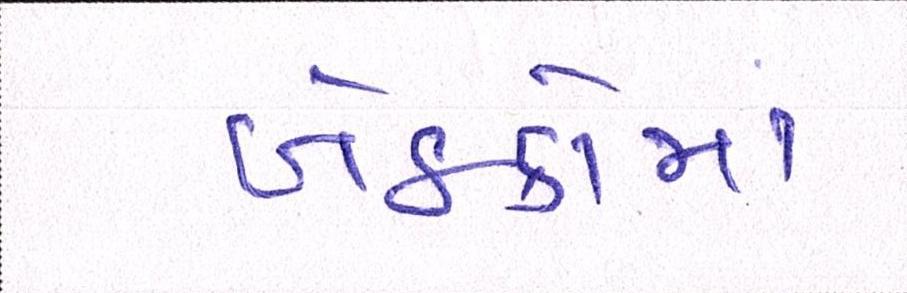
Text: બેઠકોમાં